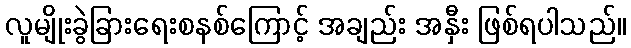
လူမျိုးခွဲခြားရေးစနစ်ကြောင့် အချည်း အနှီး ဖြစ်ရပါသည်။